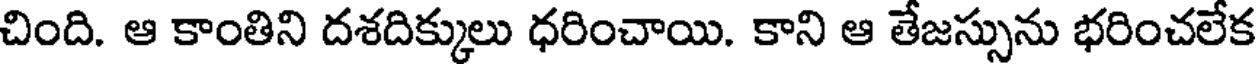
చింది. ఆ కాంతిని దశదిక్కులు ధరించాయి. కాని ఆ తేజస్సును భరించలేక